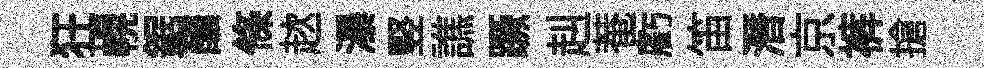
狂幌鋸釀條趑瀑竪譙蹶赳菴虧笛潛京裤搶